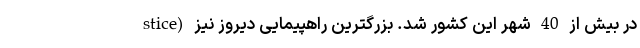
stice) در بیش از 40 شهر این کشور شد. بزرگترین راهپیمایی دیروز نیز